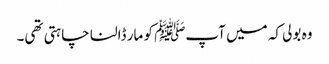
وہ بولی کہ میں آپﷺ کو مار ڈالنا چاہتی تھی۔